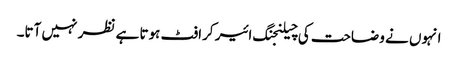
انہوں نے وضاحت کی چیلنجنگ ائیر کرافٹ ہوتا ہے نظر نہیں آتا۔